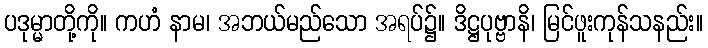
ပဒုမ္မာတို့ကို။ ကဟံ နာမ၊ အဘယ်မည်သော အရပ်၌။ ဒိဋ္ဌပုဗ္ဗာနိ၊ မြင်ဖူးကုန်သနည်း။